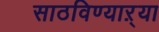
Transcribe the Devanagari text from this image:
साठविण्याऱ्या